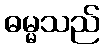
ဓမ္မသည်